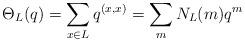
LaTeX: \begin{align*}\Theta_L(q) = \sum_{x \in L}q^{( x,x)} = \sum_m N_L(m) q^{m}\end{align*}